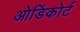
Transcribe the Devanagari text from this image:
ओडिंकोर्ट